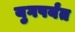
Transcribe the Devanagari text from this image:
युगपर्यंत